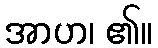
အာဟ၊ ၏။